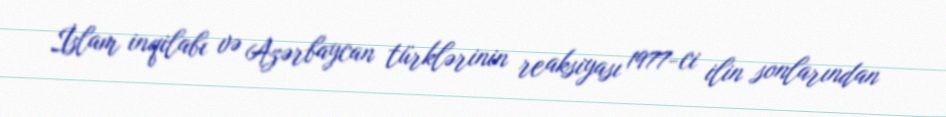
İslam inqilabı və Azərbaycan türklərinin reaksiyası 1977-ci ilin sonlarından